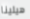
هيلينا